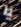
يا